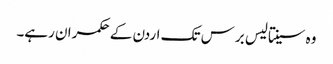
وہ سینتالیس برس تک اردن کے حکمران رہے۔